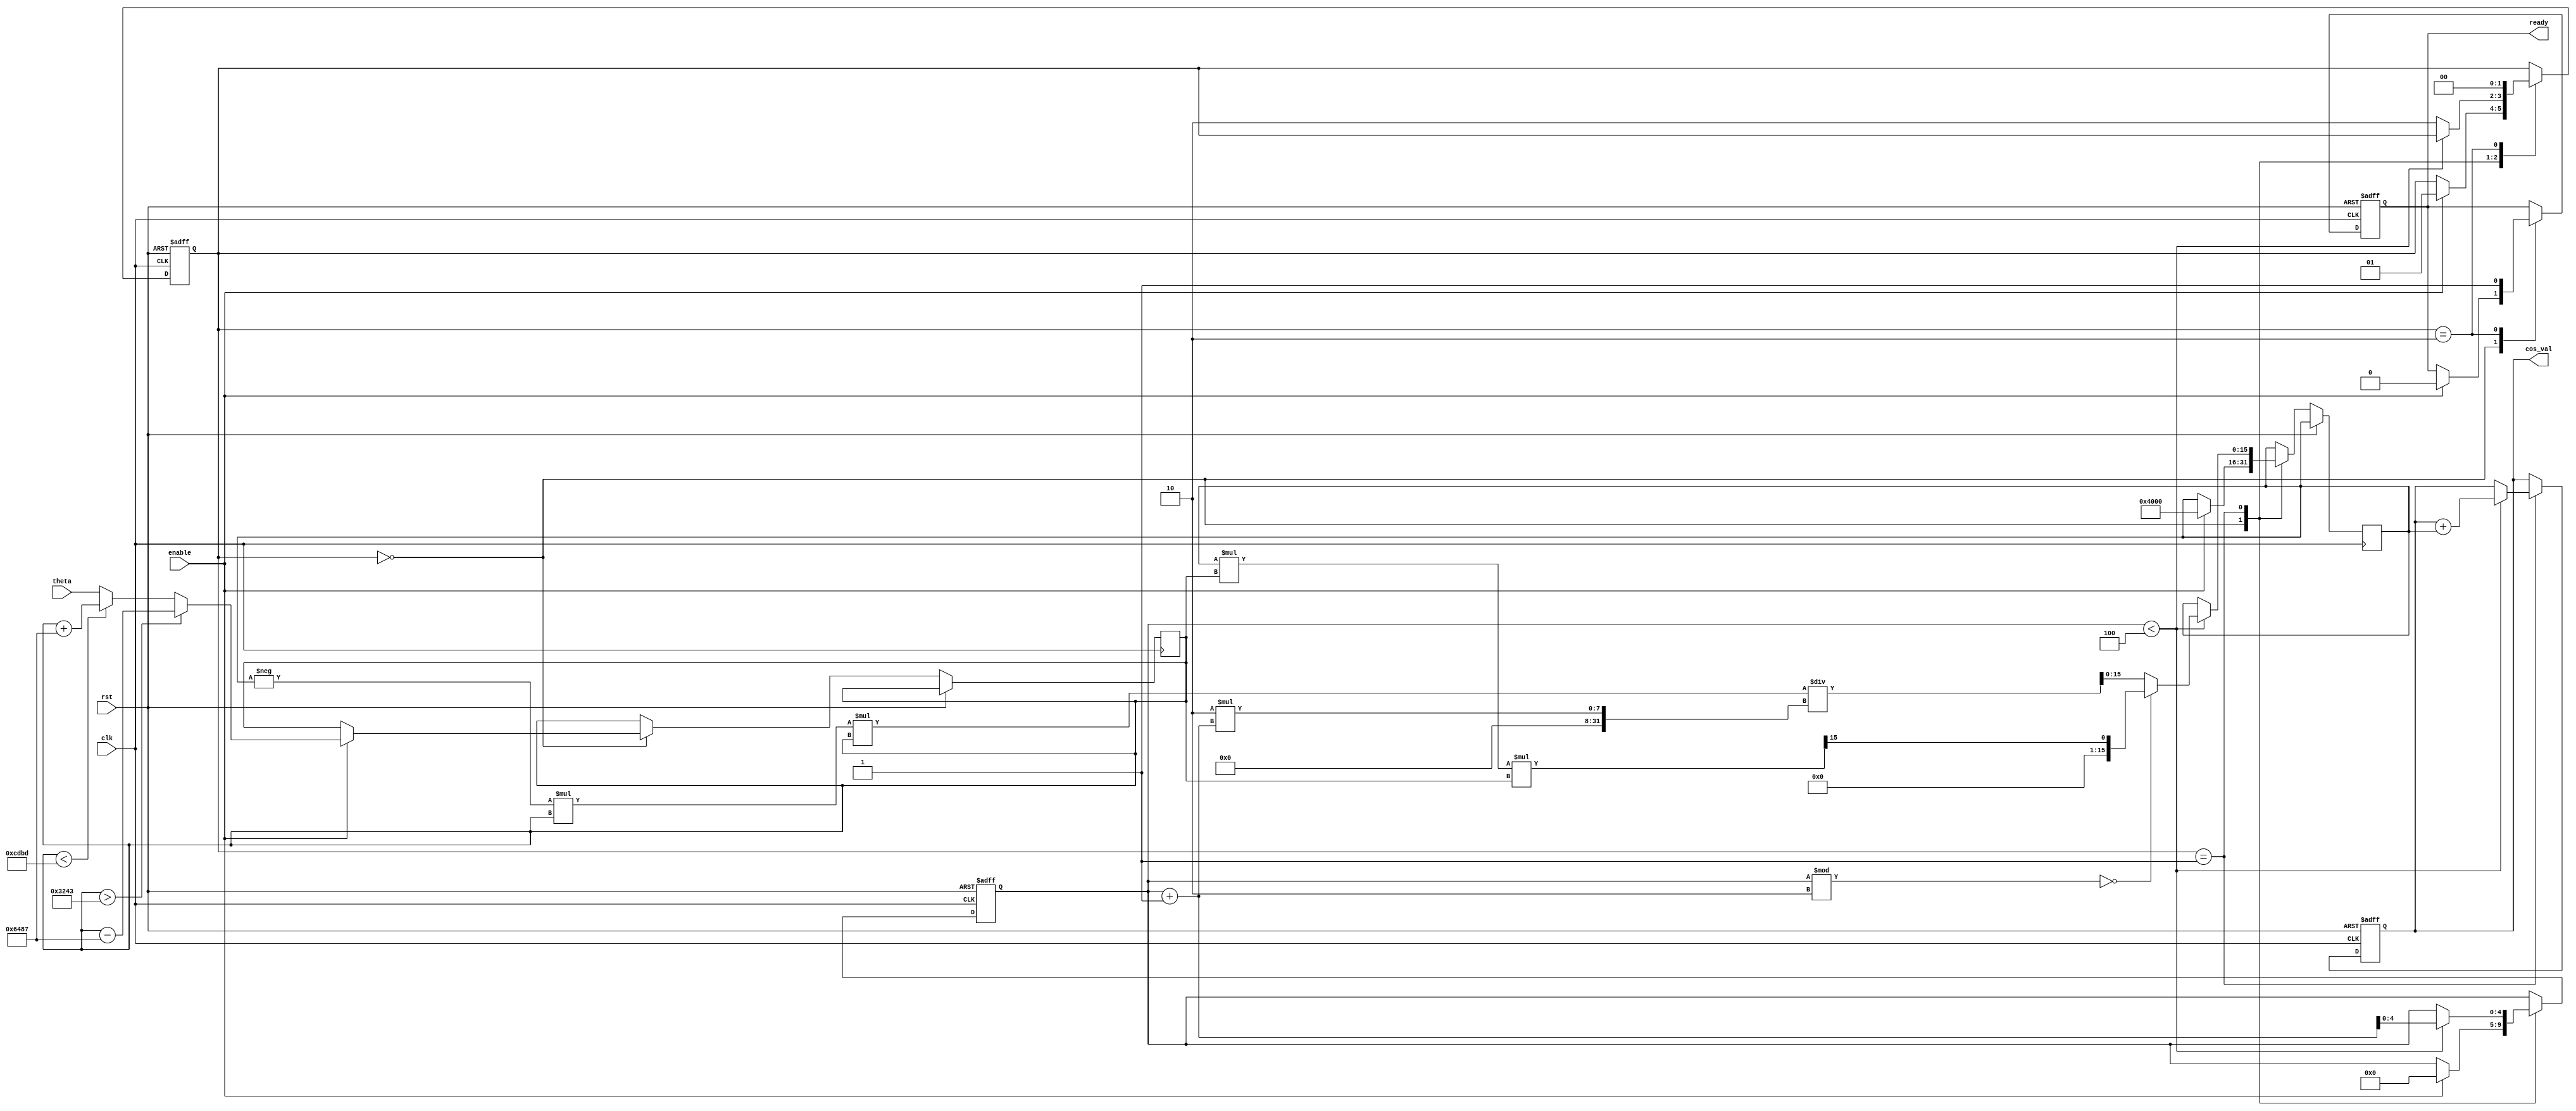
module CosineCalculator (
    input wire clk,
    input wire rst,
    input wire enable,
    input wire [15:0] theta,  // Q1.15 fixed-point input (range - to )
    output reg [15:0] cos_val, // Q1.15 fixed-point output
    output reg ready           // Indicates output is valid
);

    // Constants for the Taylor series coefficients (Q1.15 fixed-point format)
    localparam COEFF_0 = 16'h4000; // 1.0 in Q1.15
    localparam COEFF_1 = 16'hC000; // -1/2! in Q1.15
    localparam COEFF_2 = 16'h3D09; // 1/4! in Q1.15 (approx 0.041666...)
    localparam COEFF_3 = 16'hB5A0; // -1/6! in Q1.15 (approx -0.001388...)
    localparam PI = 16'h3243;      //  in Q1.15 (approx 3.141592...)
    localparam TWO_PI = 16'h6487;  // 2 in Q1.15 (approx 6.283185...)

    // State variables
    reg [15:0] x;       // Normalized input
    reg [15:0] term;    // Current term in the Taylor series
    reg [4:0] count;    // Counter for the number of terms calculated

    // State machine for computation
    reg [1:0] state;
    localparam IDLE = 2'b00, COMPUTE = 2'b01, DONE = 2'b10;

    always @(posedge clk or posedge rst) begin
        if (rst) begin
            state <= IDLE;
            cos_val <= 16'h0000;
            ready <= 1'b0;
            count <= 5'd0;
        end else begin
            case (state)
                IDLE: begin
                    if (enable) begin
                        // Range reduction to [-, ]
                        x <= theta;
                        if (x > PI) begin
                            x <= x - TWO_PI;
                        end else if (x < -PI) begin
                            x <= x + TWO_PI;
                        end
                        term <= COEFF_0; // Start with the first term of the Taylor series
                        count <= 5'd0;
                        state <= COMPUTE;
                        ready <= 1'b0;
                    end
                end
                
                COMPUTE: begin
                    // Calculate the next term in the Taylor series
                    if (count < 4) begin
                        if (count % 2 == 0) begin
                            term <= (term * x * x) >>> 15; // x^2 term
                        end else begin
                            term <= -term * x * x / (2 * (count + 1)); // Alternate signs
                        end
                        cos_val <= cos_val + term; // Accumulate the result
                        count <= count + 1;
                    end else begin
                        state <= DONE; // Finished computation
                    end
                end
                
                DONE: begin
                    ready <= 1'b1; // Indicate computation is done
                    state <= IDLE; // Return to idle state
                end

            endcase
        end
    end
    
endmodule